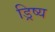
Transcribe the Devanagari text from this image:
ड्रिष्य